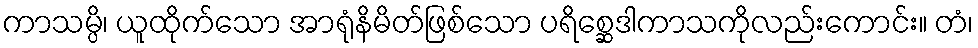
ကာသမ္ပိ၊ ယူထိုက်သော အာရုံနိမိတ်ဖြစ်သော ပရိစ္ဆေဒါကာသကိုလည်းကောင်း။ တံ၊